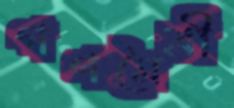
গণমৈত্রী